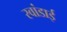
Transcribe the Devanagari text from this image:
रवांडाई